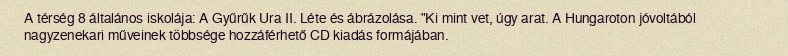
A térség 8 általános iskolája: A Gyűrűk Ura II. Léte és ábrázolása. "Ki mint vet, úgy arat. A Hungaroton jóvoltából nagyzenekari műveinek többsége hozzáférhető CD kiadás formájában.